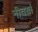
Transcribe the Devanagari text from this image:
नीतयां